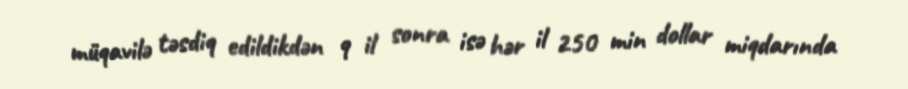
müqavilə təsdiq edildikdən 9 il sonra isə hər il 250 min dollar miqdarında